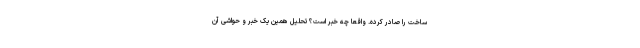
ساخت را صادر کرده. واقعا چه خبر است؟ تحلیل همین یک خبر و حواشی آن